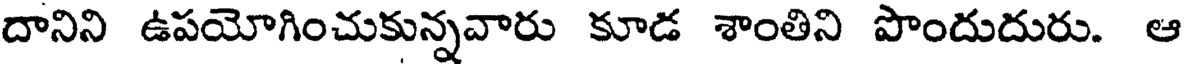
దానిని ఉపయోగించుకున్నవారు కూడ శాంతిని పొందుదురు. ఆ